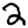
Digit: 2